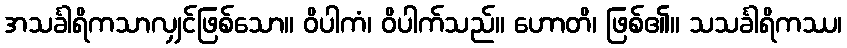
အသင်္ခါရိကသာလျှင်ဖြစ်သော။ ဝိပါကံ၊ ဝိပါက်သည်။ ဟောတိ၊ ဖြစ်၏။ သသင်္ခါရိကဿ၊